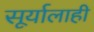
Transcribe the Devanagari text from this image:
सूर्यालाही